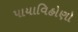
પાયાવિહોણો